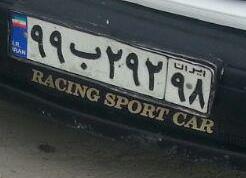
۹۹ب۲۹۲۹۸